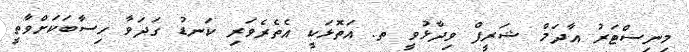
މިނިސްޓަރު އާދަމް ޝަރީފް ވިދާޅުވީ ތ. އަތޮޅަކީ އެތެރެވަރި ކަނޑު ގަދަވާ ހިސާބަކަށްވާތީ